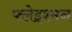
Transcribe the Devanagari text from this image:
फ्लेइश्मन